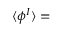
\langle \phi ^ { I } \rangle =